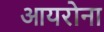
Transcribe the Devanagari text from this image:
आयरोना